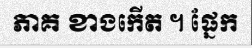
ភាគ ខាងកើត ។ ផ្នែក